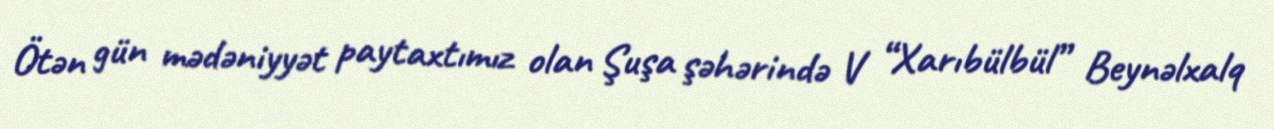
Ötən gün mədəniyyət paytaxtımız olan Şuşa şəhərində V “Xarıbülbül” Beynəlxalq